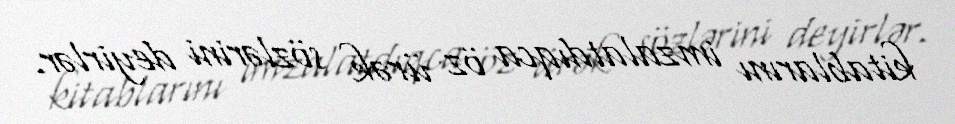
kitablarını imzalatdıqca öz ürək sözlərini deyirlər.